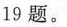
19题。